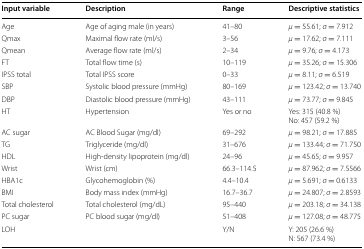
| Input variable | Description | Range | Descriptive statistics |
 | --- | --- | --- | --- |
 | Age | Age of aging male (in years) | 41–80 | μ = 55.61; σ = 7.912 |
 | Qmax | Maximal flow rate (ml/s) | 3–56 | μ = 17.62; σ = 7.111 |
 | Qmean | Average flow rate (ml/s) | 2–34 | μ = 9.76; σ = 4.173 |
 | FT | Total flow time (s) | 10–119 | μ = 35.26; σ = 15.306 |
 | IPSS total | Total IPSS score | 0–33 | μ = 8.11; σ = 6.519 |
 | SBP | Systolic blood pressure (mmHg) | 80–169 | μ = 123.42; σ = 13.740 |
 | DBP | Diastolic blood pressure (mmHg) | 43–111 | μ = 73.77; σ = 9.845 |
 | HT | Hypertension | Yes or no | Yes: 315 (40.8 %)No: 457 (59.2 %) |
 | AC sugar | AC Blood Sugar (mg/dl) | 69–292 | μ = 98.21; σ = 17.885 |
 | TG | Triglyceride (mg/dl) | 31–676 | μ = 133.44; σ = 71.750 |
 | HDL | High-density lipoprotein (mg/dl) | 24–96 | μ = 45.65; σ = 9.957 |
 | Wrist | Wrist (cm) | 66.3–114.5 | μ = 87.962; σ = 7.5566 |
 | HBA1c | Glycohemoglobin (%) | 4.4–10.4 | μ = 5.691; σ = 0.6133 |
 | BMI | Body mass index (mmHg) | 16.7–36.7 | μ = 24.807; σ = 2.8593 |
 | Total cholesterol | Total cholesterol (mg/dL) | 95–440 | μ = 203.18; σ = 34.138 |
 | PC sugar | PC blood sugar (mg/dl) | 51–408 | μ = 127.08; σ = 48.775 |
 | LOH |  | Y/N | Y: 205 (26.6 %)N: 567 (73.4 %) |